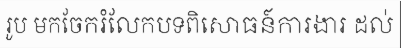
រូប មកចែករំលែកបទពិសោធន៍ការងារ ដល់